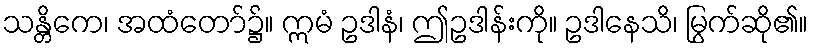
သန္တိကေ၊ အထံတော်၌။ ဣမံ ဥဒါနံ၊ ဤဥဒါန်းကို။ ဥဒါနေသိ၊ မြွက်ဆို၏။